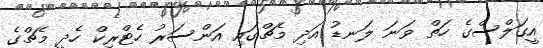
އީގަލްސްގެ ހަތް ވަނަ ލަނޑު އަދި މެޗްގައި އަންސަރު ހެޓްރިކް ހެދީ މެޗްގެ